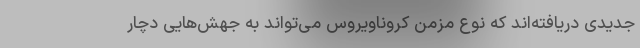
جدیدی دریافته‌اند که نوع مزمن کروناویروس می‌تواند به جهش‌هایی دچار